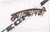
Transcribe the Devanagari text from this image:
ख्यालगायकी